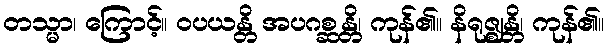
တသ္မာ၊ ကြောင့်။ ဝပယန္တိ အပဂစ္ဆန္တိ၊ ကုန်၏။ နိရုဇ္ဈန္တိ၊ ကုန်၏။